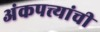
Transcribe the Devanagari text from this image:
अंकपत्त्यांची